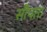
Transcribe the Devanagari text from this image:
सौपता